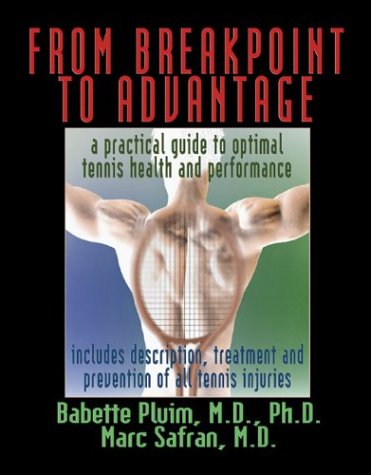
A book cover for From Breakpoint to Advantage: A Practical Guide to Optimal Tennis Health and Performance; Babette Pluim M.D.  Ph.D; Sports & Outdoors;